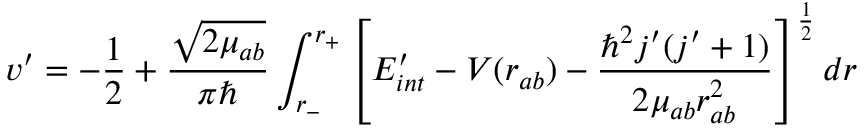
v ^ { \prime } = - \frac { 1 } { 2 } + \frac { \sqrt { 2 \mu _ { a b } } } { \pi \hbar } \int _ { r _ { - } } ^ { r _ { + } } \left[ E _ { i n t } ^ { \prime } - V ( r _ { a b } ) - \frac { \hbar ^ { 2 } j ^ { \prime } ( j ^ { \prime } + 1 ) } { 2 \mu _ { a b } r _ { a b } ^ { 2 } } \right] ^ { \frac { 1 } { 2 } } d r